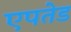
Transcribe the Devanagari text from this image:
एपतेड